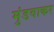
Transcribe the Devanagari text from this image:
मुंडवाकर